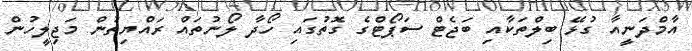
އާމްދަނީއާ ގުޅޭ ބިލްތަކާއި ބަޖެޓް ސަޕޯޓްގެ ގޮތުގައި ހޯދާ ލޯނުތައް ރައްޔިތުން މަޖިލީހުން